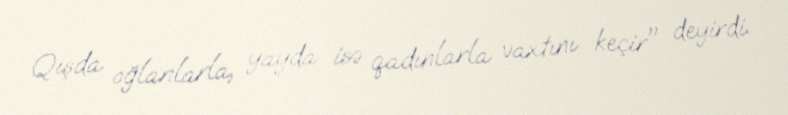
Qışda oğlanlarla, yayda isə qadınlarla vaxtını keçir" deyirdi.